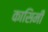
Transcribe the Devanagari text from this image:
कासिमी